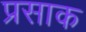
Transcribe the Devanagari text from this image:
प्रसाक